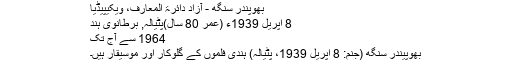
بھوپندر سنگھ - آزاد دائرۃ المعارف، ویکیپیڈیا
8 اپریل 1939ء (عمر 80 سال)پٹیالہ, برطانوی ہند
1964 سے آج تک
بھُوپینْدْر سِنگھ (جنْم: 8 اپْرَیل 1939، پٹِیالہ) ہِنْدی فِلْموں کے گلوکار اور موسیقار ہَیں۔